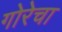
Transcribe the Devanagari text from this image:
गोरेचा